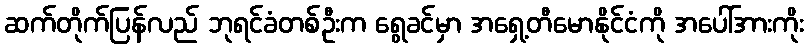
ဆက်တိုက်ပြန်လည် ဘုရင်ခံတစ်ဦးက ရွေခင်မှာ အရှေ့တီမောနိုင်ငံကို အပေါ်အားကိုး